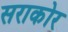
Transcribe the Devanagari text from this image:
सराकोर